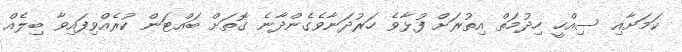
ކަމަށާއި ސިއްހީ ހިދުމަތް އިތުރަށް ފުޅާވެ ހަރުދަނާވެގެންދާނެ ގޮތަށް ބައްޓަން ކުރެއްވިފައިވާ ބިލެއް